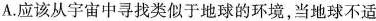
A.应该从宇宙中寻找类似于地球的环境，当地球不适